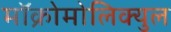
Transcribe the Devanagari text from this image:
मॉक्रोमोलिक्युल